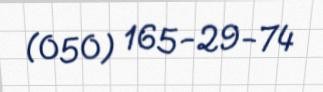
(050) 165-29-74